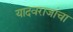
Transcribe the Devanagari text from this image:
यादवराजांचा